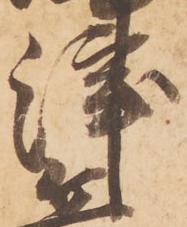
津